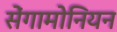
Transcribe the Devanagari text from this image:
सेंगामोनियन